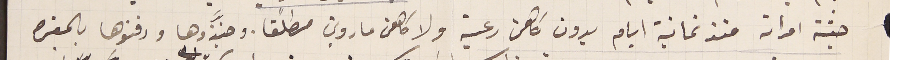
جثة امراته منذ ثمانية ايام بدون كاهن رعية ولا كاهن ماروني مطلقًا. وجنَّزوها ودفنوها بالمقبره